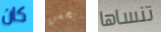
كان يحسن تنساها